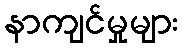
နာကျင်မှုများ